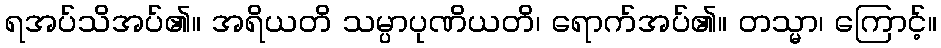
ရအပ်သိအပ်၏။ အရိယတိ သမ္ပာပုဏိယတိ၊ ရောက်အပ်၏။ တသ္မာ၊ ကြောင့်။